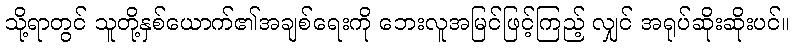
သို့ရာတွင် သူတို့နှစ်ယောက်၏အချစ်ရေးကို ဘေးလူအမြင်ဖြင့်ကြည့် လျှင် အရုပ်ဆိုးဆိုးပင်။